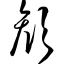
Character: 颜